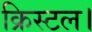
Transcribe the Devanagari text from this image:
क्रिस्टल।